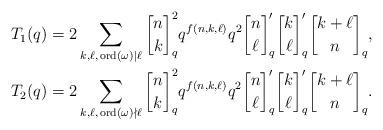
LaTeX: \begin{align*}T_1(q) &= 2\sum_{k,\ell, \, \mathrm{ord}(\omega) \mid \ell} {n \brack k}_q^2 q^{f(n,k,\ell)} q^2 {n \brack \ell}'_q {k \brack \ell}'_q {k+\ell \brack n}_q, \\T_2(q) &= 2\sum_{k,\ell, \, \mathrm{ord}(\omega) \nmid \ell} {n \brack k}_q^2 q^{f(n,k,\ell)} q^2 {n \brack \ell}'_q {k \brack \ell}'_q {k+\ell \brack n}_q. \end{align*}